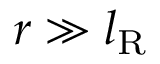
r \gg l _ { \mathrm { R } }